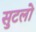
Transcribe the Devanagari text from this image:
सुटलो